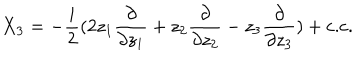
X _ { 3 } = - \frac { i } { 2 } ( 2 z _ { 1 } \frac { \partial } { \partial z _ { 1 } } + z _ { 2 } \frac { \partial } { \partial z _ { 2 } } - z _ { 3 } \frac { \partial } { \partial z _ { 3 } } ) + \mathrm { c . c } .